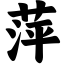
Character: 萍